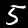
Label: 5